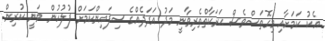
އެކު ކަމަށާއި މިގޮތަސްވެސް ޙަރަކާތްތެރިވާނީ މަދު އަދަދެއްގެ ސިފައިންކަމަށް ފުލުހުން ވަނީ ކުރިން